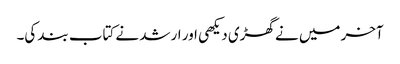
آخر میں نے گھڑی دیکھی اور ارشد نے کتاب بند کی۔